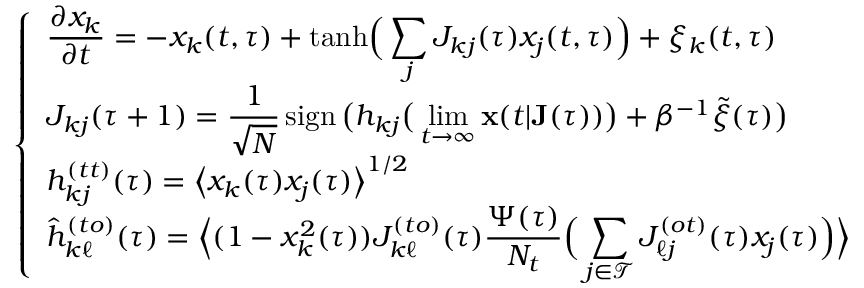
\left\{ \begin{array} { l } { \displaystyle \frac { \partial x _ { k } } { \partial t } = - x _ { k } ( t , \tau ) + \mathrm { t a n h } \Big ( \sum _ { j } J _ { k j } ( \tau ) x _ { j } ( t , \tau ) \Big ) + \xi _ { k } ( t , \tau ) \, } \\ { \displaystyle J _ { k j } ( \tau + 1 ) = \frac { 1 } { \sqrt { N } } \, \mathrm { s i g n } \, \big ( h _ { k j } \big ( \operatorname* { l i m } _ { t \rightarrow \infty } \mathbf { x } ( t | \mathbf { J } ( \tau ) ) \big ) + \beta ^ { - 1 } \tilde { \xi } ( \tau ) \big ) } \\ { \displaystyle h _ { k j } ^ { ( t t ) } ( \tau ) = \big \langle x _ { k } ( \tau ) x _ { j } ( \tau ) \big \rangle ^ { 1 / 2 } } \\ { \displaystyle \hat { h } _ { k \ell } ^ { ( t o ) } ( \tau ) = \Big \langle ( 1 - x _ { k } ^ { 2 } ( \tau ) ) J _ { k \ell } ^ { ( t o ) } ( \tau ) \frac { \Psi ( \tau ) } { N _ { t } } \Big ( \sum _ { j \in \mathcal { T } } J _ { \ell j } ^ { ( o t ) } ( \tau ) x _ { j } ( \tau ) \Big ) \Big \rangle \, } \end{array} \right. \,